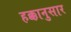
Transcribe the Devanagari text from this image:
हक्कानुसार